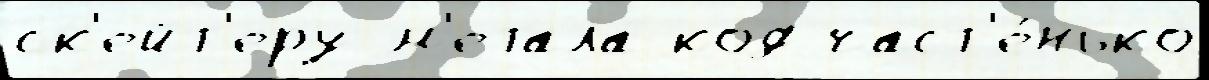
ск'ейт'еру м'етала код част'е́нько